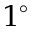
1 ^ { \circ }